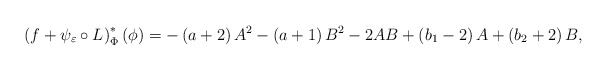
\begin{align*}\left(f+\psi_{\varepsilon}\circ L\right)^{*}_\Phi\left(\phi\right)=-\left(a+2\right)A^{2}-\left(a+1\right)B^{2}-2AB+\left(b_{1}-2\right)A+\left(b_{2}+2\right)B,\end{align*}